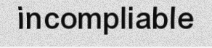
incompliable